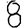
Digit: 8